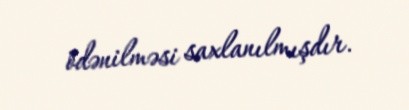
ödənilməsi saxlanılmışdır.